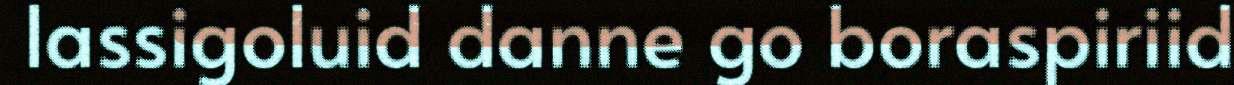
lassigoluid danne go boraspiriid